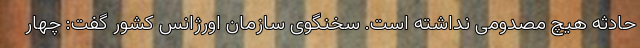
حادثه هیچ مصدومی نداشته است. سخنگوی سازمان اورژانس کشور گفت: چهار